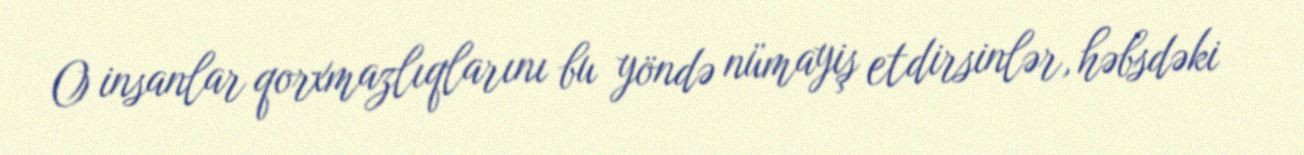
O insanlar qorxmazlıqlarını bu yöndə nümayiş etdirsinlər, həbsdəki